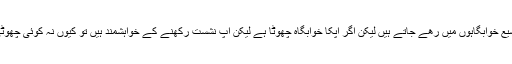
نشست ویسے تو اکثر کشادہ اور وسیع خوابگاہوں میں رھے جاتے ہیں لیکن اگر آپکا خوابگاہ چھوٹا ہے لیکن آپ نشست رکھنے کے خواہشمند ہیں تو کیوں نہ کوئی چھوٹی سی نشست کا انتخاب کیا جائے؟